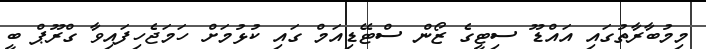
މިމުބާރާތުގައި އައްޑޫ ސިޓީގެ ޒޯން ސްޓޭޑިއަމް ގައި ކުޅުމަށް ހަމަޖެހިފައިވާ ގްރޫޕް ބީ